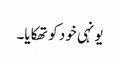
یونہی خود کو تھکایا۔